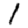
Digit: 1